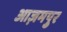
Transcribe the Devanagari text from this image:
आज़मपुर